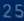
252525252